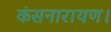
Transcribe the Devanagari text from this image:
कंसनारायण।